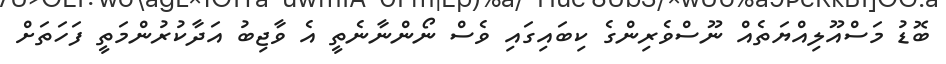
ބޮޑު މަސްއޫލިއްޔަތެއް ނޫސްވެރިންގެ ކިބައިގައި ވެސް ނޯންނާނެތީ އެ ވާޖިބު އަދާކުރުންމަތީ ފަހަތަށް